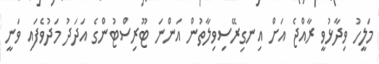
މަލީހު ވިދާޅުވީ ރާއްޖެ އަށް އިނގިރޭސިވިލާތުން އަންނަ ޓޫރިސްޓުންގެ އަދަދު މަދުވެފައި ވަނީ